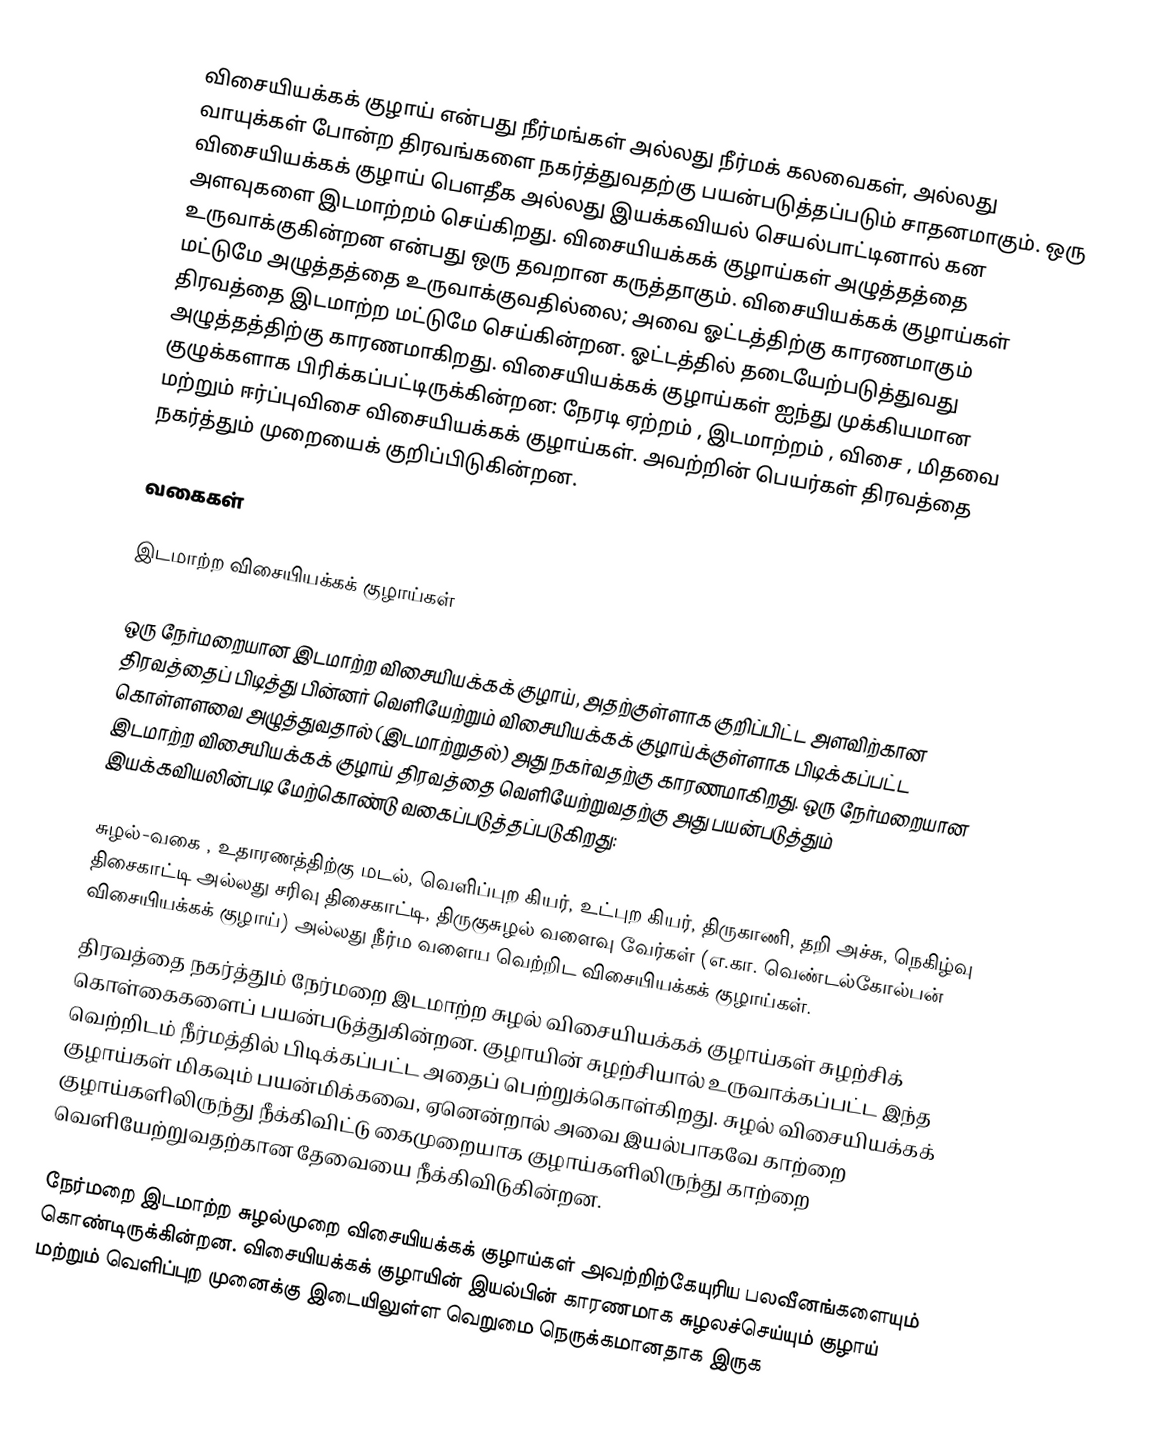
விசையியக்கக் குழாய் என்பது நீர்மங்கள் அல்லது நீர்மக் கலவைகள், அல்லது வாயுக்கள் போன்ற திரவங்களை நகர்த்துவதற்கு பயன்படுத்தப்படும் சாதனமாகும். ஒரு விசையியக்கக் குழாய் பௌதீக அல்லது இயக்கவியல் செயல்பாட்டினால் கன அளவுகளை இடமாற்றம் செய்கிறது. விசையியக்கக் குழாய்கள் அழுத்தத்தை உருவாக்குகின்றன என்பது ஒரு தவறான கருத்தாகும். விசையியக்கக் குழாய்கள் மட்டுமே அழுத்தத்தை உருவாக்குவதில்லை; அவை ஓட்டத்திற்கு காரணமாகும் திரவத்தை இடமாற்ற மட்டுமே செய்கின்றன. ஓட்டத்தில் தடையேற்படுத்துவது அழுத்தத்திற்கு காரணமாகிறது. விசையியக்கக் குழாய்கள் ஐந்து முக்கியமான குழுக்களாக பிரிக்கப்பட்டிருக்கின்றன: நேரடி ஏற்றம் , இடமாற்றம் , விசை , மிதவை மற்றும் ஈர்ப்புவிசை விசையியக்கக் குழாய்கள். அவற்றின் பெயர்கள் திரவத்தை நகர்த்தும் முறையைக் குறிப்பிடுகின்றன.

வகைகள்

இடமாற்ற விசையியக்கக் குழாய்கள்

ஒரு நேர்மறையான இடமாற்ற விசையியக்கக் குழாய், அதற்குள்ளாக குறிப்பிட்ட அளவிற்கான திரவத்தைப் பிடித்து பின்னர் வெளியேற்றும் விசையியக்கக் குழாய்க்குள்ளாக பிடிக்கப்பட்ட கொள்ளளவை அழுத்துவதால் (இடமாற்றுதல்) அது நகர்வதற்கு காரணமாகிறது. ஒரு நேர்மறையான இடமாற்ற விசையியக்கக் குழாய் திரவத்தை வெளியேற்றுவதற்கு அது பயன்படுத்தும் இயக்கவியலின்படி மேற்கொண்டு வகைப்படுத்தப்படுகிறது:

 சுழல்-வகை , உதாரணத்திற்கு மடல், வெளிப்புற கியர், உட்புற கியர், திருகாணி, தறி அச்சு, நெகிழ்வு திசைகாட்டி அல்லது சரிவு திசைகாட்டி, திருகுசுழல் வளைவு வேர்கள் (எ.கா. வெண்டல்கோல்பன் விசையியக்கக் குழாய்) அல்லது நீர்ம வளைய வெற்றிட விசையியக்கக் குழாய்கள்.
திரவத்தை நகர்த்தும் நேர்மறை இடமாற்ற சுழல் விசையியக்கக் குழாய்கள் சுழற்சிக் கொள்கைகளைப் பயன்படுத்துகின்றன. குழாயின் சுழற்சியால் உருவாக்கப்பட்ட இந்த வெற்றிடம் நீர்மத்தில் பிடிக்கப்பட்ட அதைப் பெற்றுக்கொள்கிறது. சுழல் விசையியக்கக் குழாய்கள் மிகவும் பயன்மிக்கவை, ஏனென்றால் அவை இயல்பாகவே காற்றை குழாய்களிலிருந்து நீக்கிவிட்டு கைமுறையாக குழாய்களிலிருந்து காற்றை வெளியேற்றுவதற்கான தேவையை நீக்கிவிடுகின்றன.

நேர்மறை இடமாற்ற சுழல்முறை விசையியக்கக் குழாய்கள் அவற்றிற்கேயுரிய பலவீனங்களையும் கொண்டிருக்கின்றன. விசையியக்கக் குழாயின் இயல்பின் காரணமாக சுழலச்செய்யும் குழாய் மற்றும் வெளிப்புற முனைக்கு இடையிலுள்ள வெறுமை நெருக்கமானதாக இருக